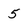
Character: 5